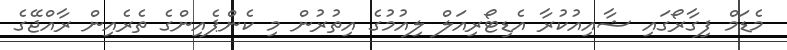
މެޑަމް ފިގާރޯގައި ޝާއިއުކުރާ އެޑިޓޯރިއަލް ލިއުމުގެ އިތުރުން މި ކެންޕެއިންގެ ތެރެއިން ރާއްޖޭގެ